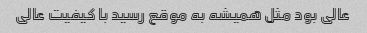
عالی بود مثل همیشه به موقع رسید با کیفیت عالی